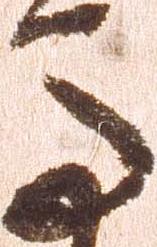
馬